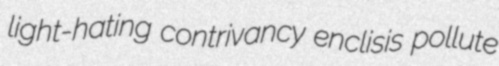
light-hating contrivancy enclisis pollute